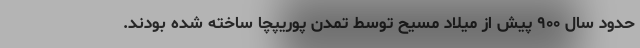
حدود سال ۹۰۰ پیش از میلاد مسیح توسط تمدن پوریپچا ساخته شده بودند.